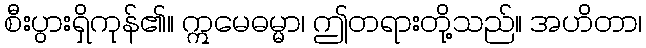
စီးပွားရှိကုန်၏။ ဣမေဓမ္မာ၊ ဤတရားတို့သည်။ အဟိတာ၊